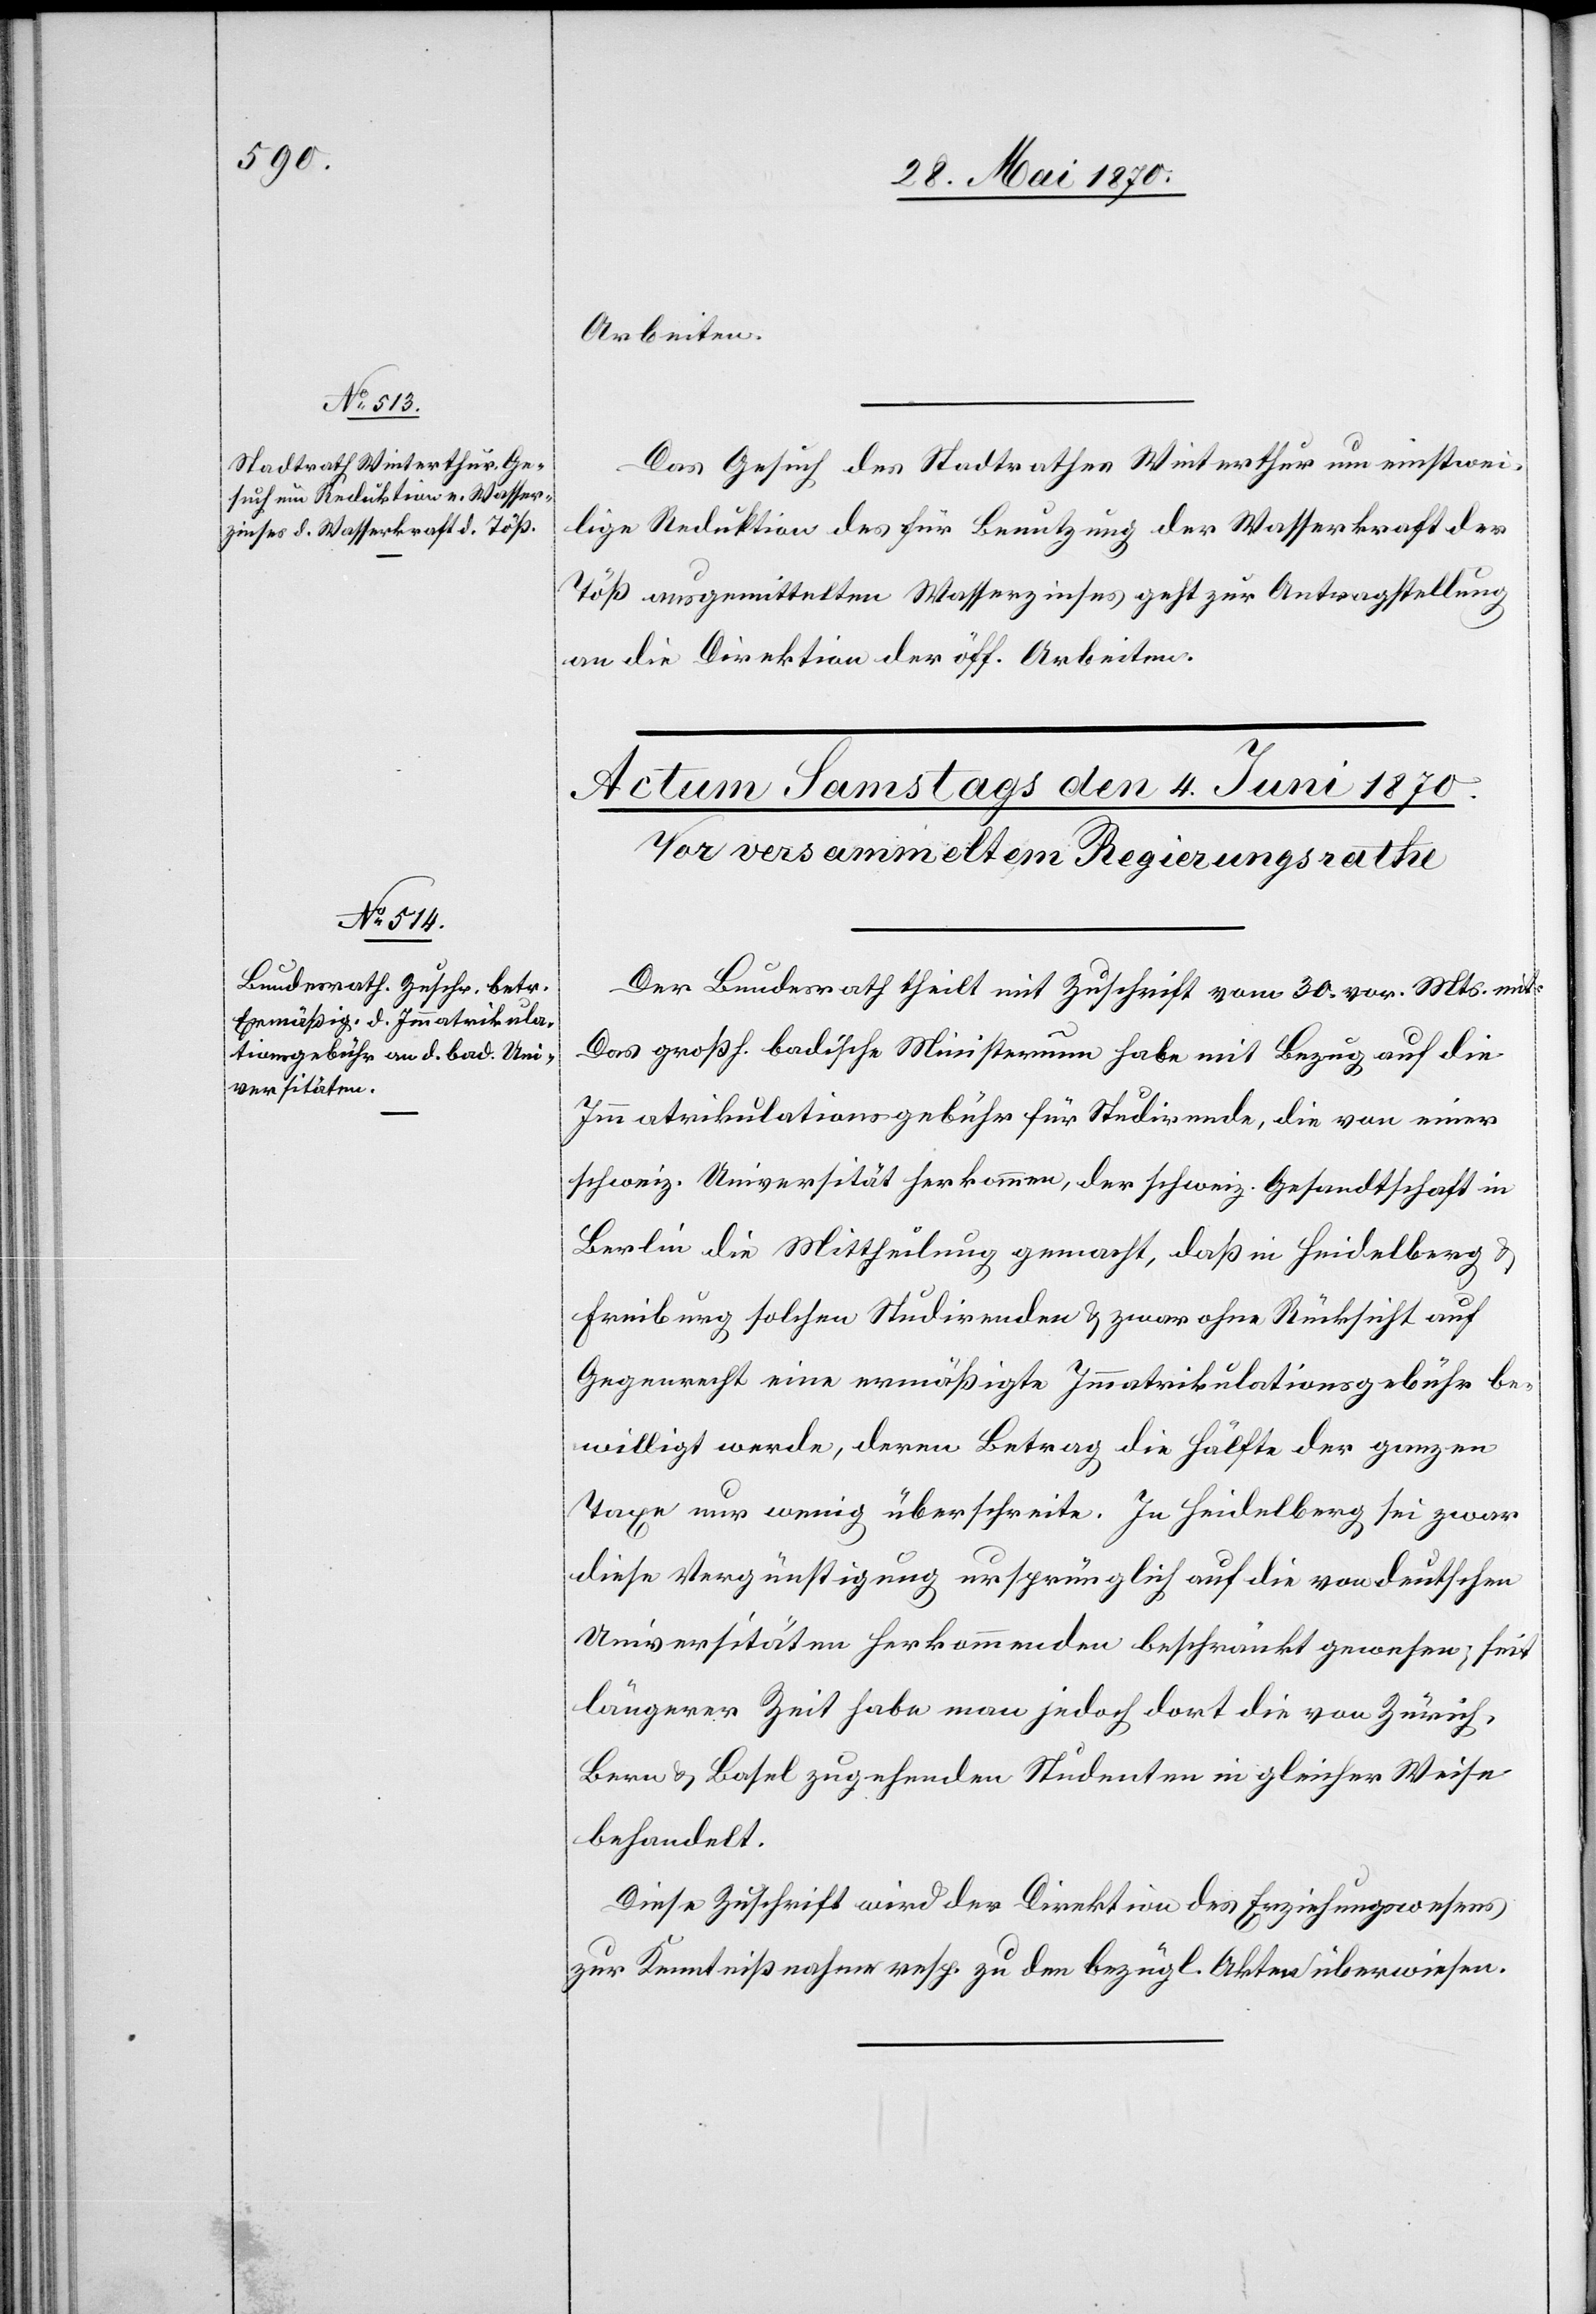
3. Juni 1870.]
Arbeiten.
Das Gesuch des Stadtrathes Winterthur um einstwei¬
lige Reduktion des für Benutzung der Wasserkraft der
Töß ausgemittelten Wasserzinses geht zur Antragstellung
an die Direktion der öff. Arbeiten.
Der Bundesrath theilt mit Zuschrift vom 30. vor. Mts. mit:
Das großh. badische Ministerium habe mit Bezug auf die
Immatrikulationsgebühr für Studirende, die von einer
schweiz. Universität herkommen, der schweiz. Gesandtschaft in
Berlin die Mittheilung gemacht, daß in Heidelberg &
Freiburg solchen Studirenden & zwar ohne Rücksicht auf
Gegenrecht eine ermäßigte Immatrikulationsgebühr be¬
willigt werde, deren Betrag die Hälfte der ganzen
Taxe nur wenig überschreite. In Heidelberg sei zwar
diese Vergünstigung ursprünglich auf die von deutschen
Universitäten herkommenden beschränkt gewesen; seit
längerer Zeit habe man jedoch dort die von Zürich,
Bern & Basel zugehenden Studenten in gleicher Weise
behandelt.
Diese Zuschrift wird der Direktion des Erziehungswesens
zur Kenntnißnahme resp. zu den bezügl. Akten überwiesen.